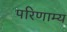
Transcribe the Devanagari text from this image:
परिणाम्य